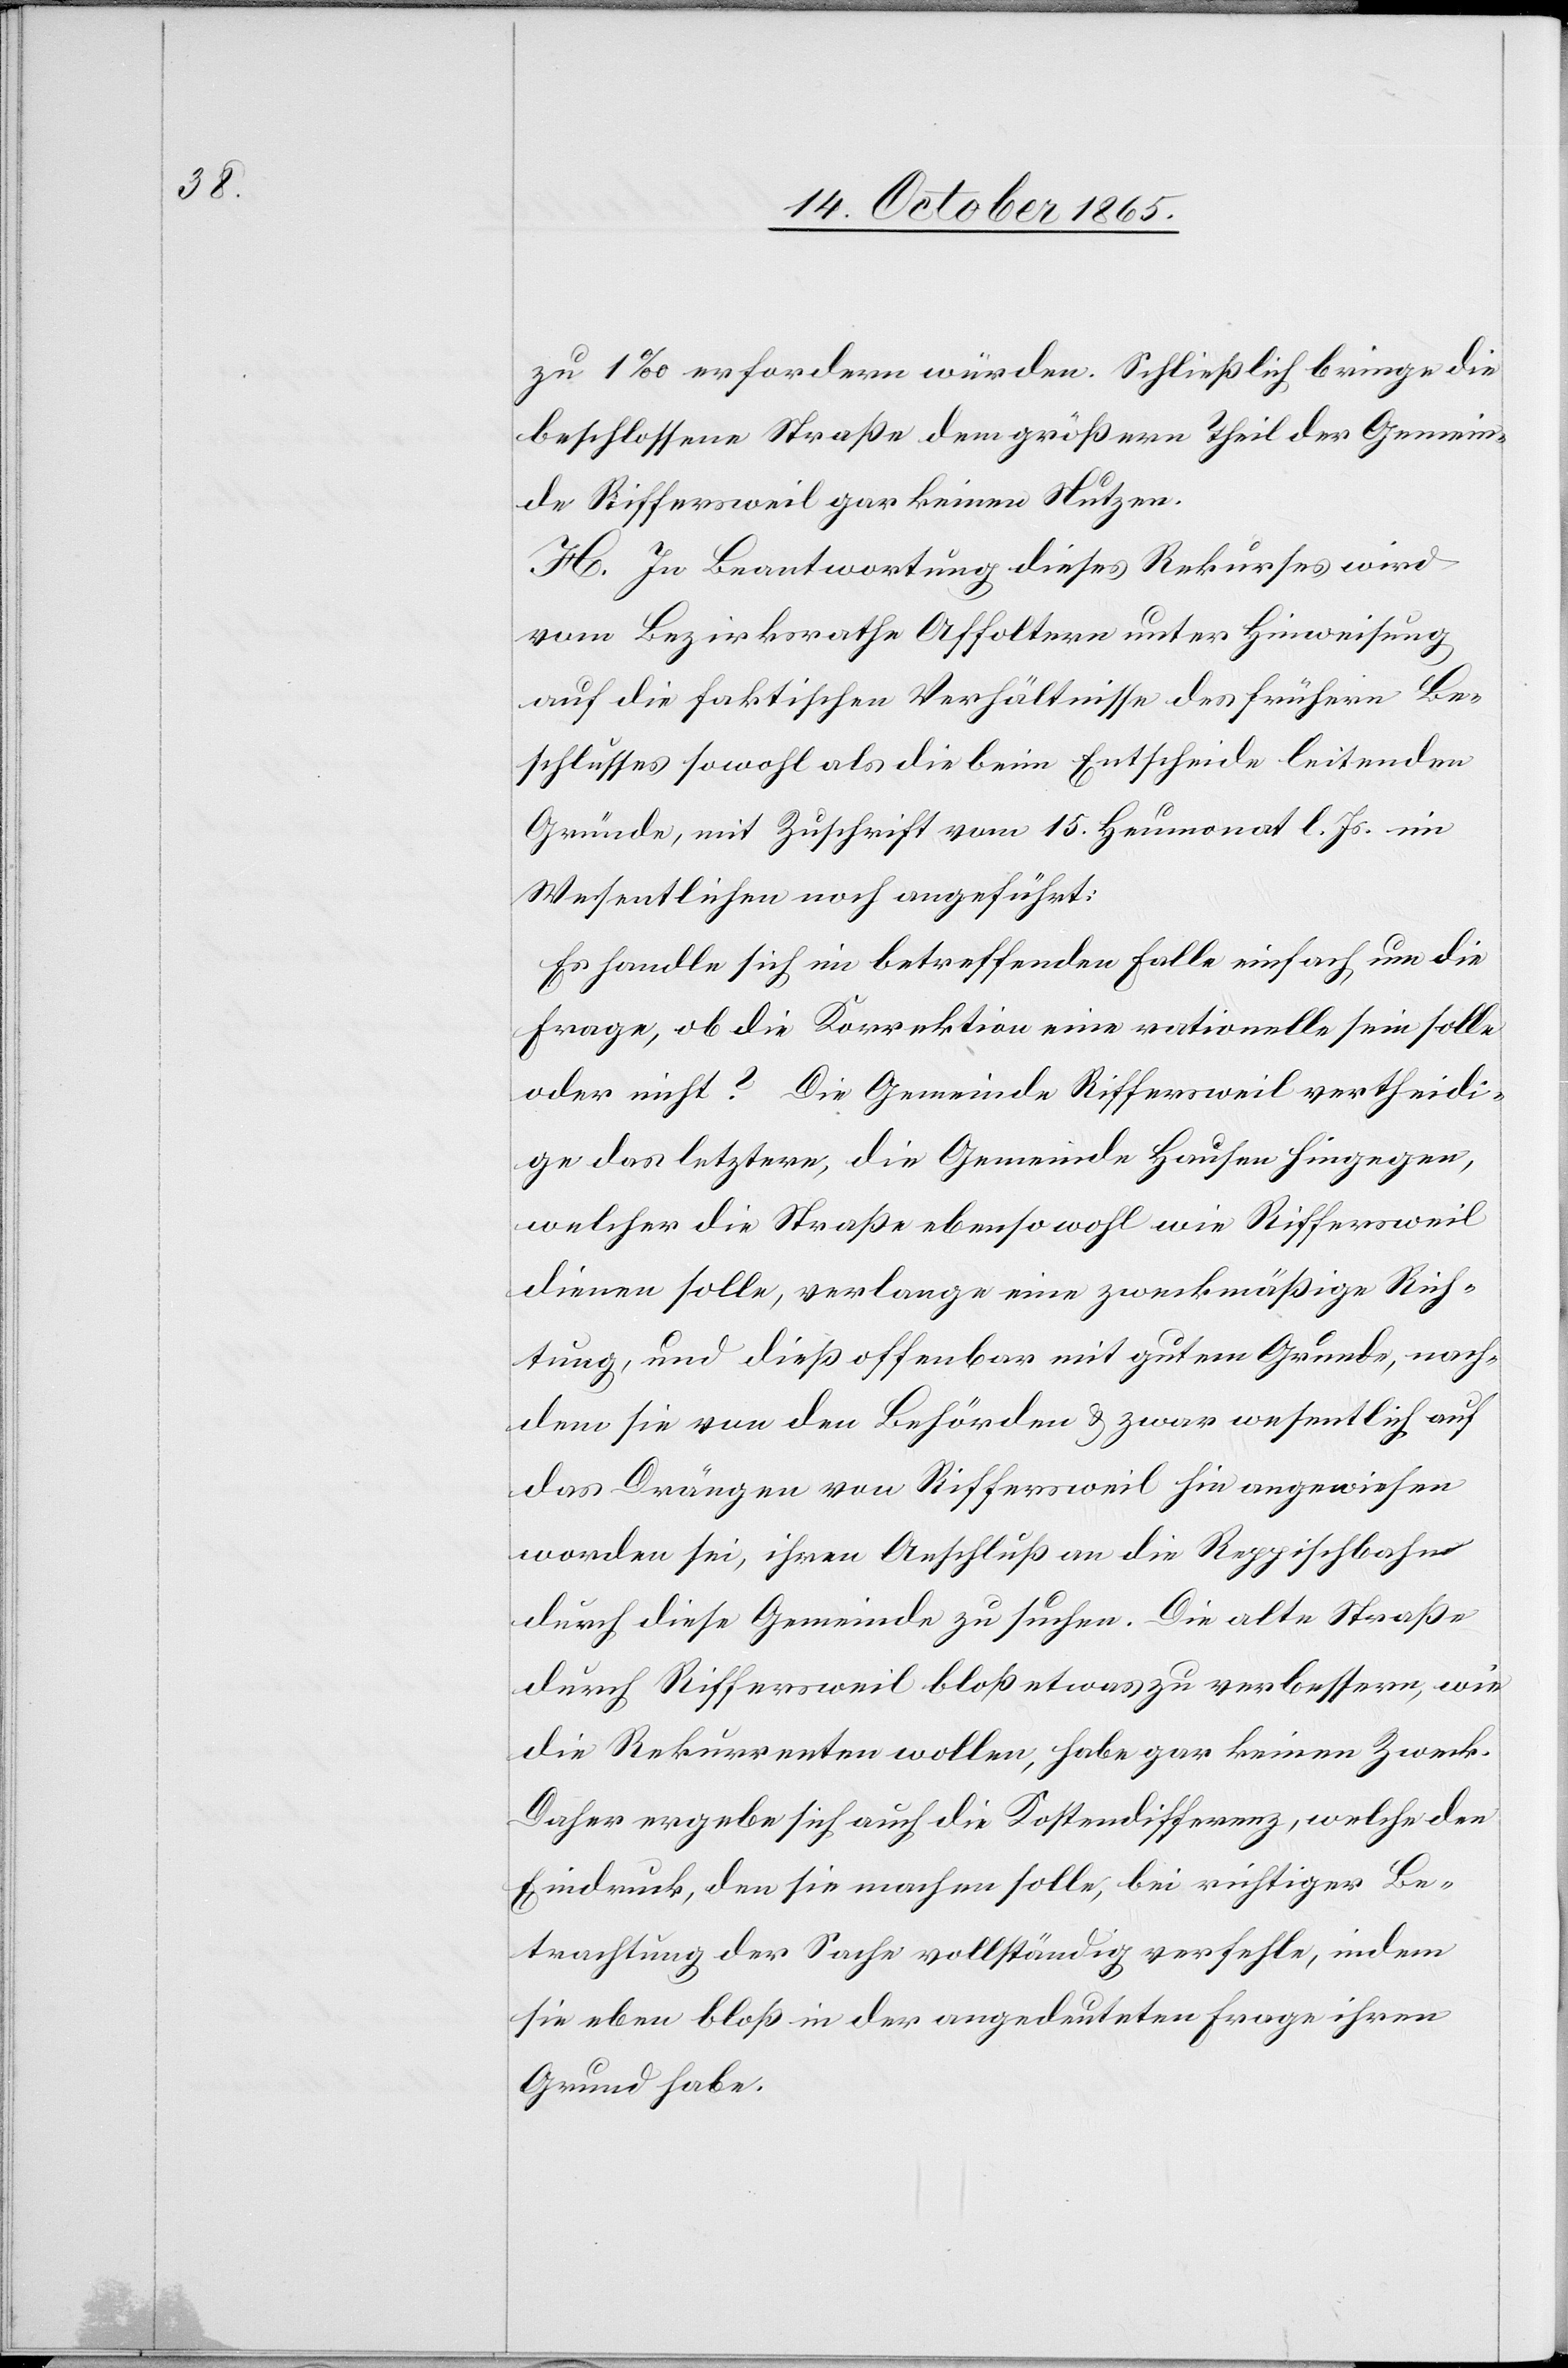
zu 1‰ erfordern würden. Schließlich bringe die
beschlossene Straße dem größern Theil der Gemein¬
de Riffersweil gar keinen Nutzen.
H. In Beantwortung dieses Rekurses wird
vom Bezirksrathe Affoltern unter Hinweisung
auf die faktischen Verhältnisse des frühern Be¬
schlusses sowohl als die beim Entscheide leitenden
Gründe, mit Zuschrift vom 15. Heumonat l. Js. im
Wesentlichen noch angeführt:
Es handle sich im betreffenden Falle einfach um die
Frage, ob die Korrektion eine rationelle sein solle
oder nicht? Die Gemeinde Riffersweil vertheidi¬
ge das letztere, die Gemeinde Hausen hingegen,
welcher die Straße ebenso wohl wie Riffersweil
dienen solle, verlange eine zweckmäßige Rich¬
tung, und dieß offenbar mit gutem Grunde, nach¬
dem sie von den Behörden & zwar wesentlich auf
das Drängen von Riffersweil hin angewiesen
worden sei, ihren Anschluß an die Reppischbahn
durch diese Gemeinde zu suchen. Die alte Straße
durch Riffersweil bloß etwas zu verbessern, wie
die Rekurrenten wollen, habe gar keinen Zweck.
Daher ergebe sich auch die Kostendifferenz, welche den
Eindruck, den sie machen solle, bei richtiger Be¬
trachtung der Sache vollständig verfehle, indem
sie eben bloß in der angedeuteten Frage ihren
Grund habe.